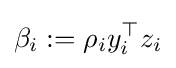
\beta _{i}:=\rho _{i}y_{i}^{\top }z_{i}